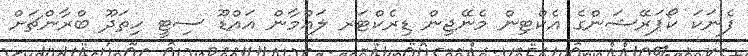
ފެނަކަ ކޯޕަރޭޝަންގެ އެކްޓިން މެނޭޖިން ޑިރެކްޓަރ ލައްމާން އައްޑޫ ސިޓީ ހިތަދޫ ބްރާންޗަށް